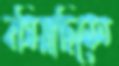
বসিয়াছিলেন